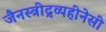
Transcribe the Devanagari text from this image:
जैनस्त्रीद्रव्यहीनेसी